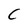
Character: C